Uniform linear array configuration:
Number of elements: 4
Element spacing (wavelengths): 1
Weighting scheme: uniform
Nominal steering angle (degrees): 15
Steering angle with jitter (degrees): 14.074
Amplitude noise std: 0.05
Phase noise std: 0.05

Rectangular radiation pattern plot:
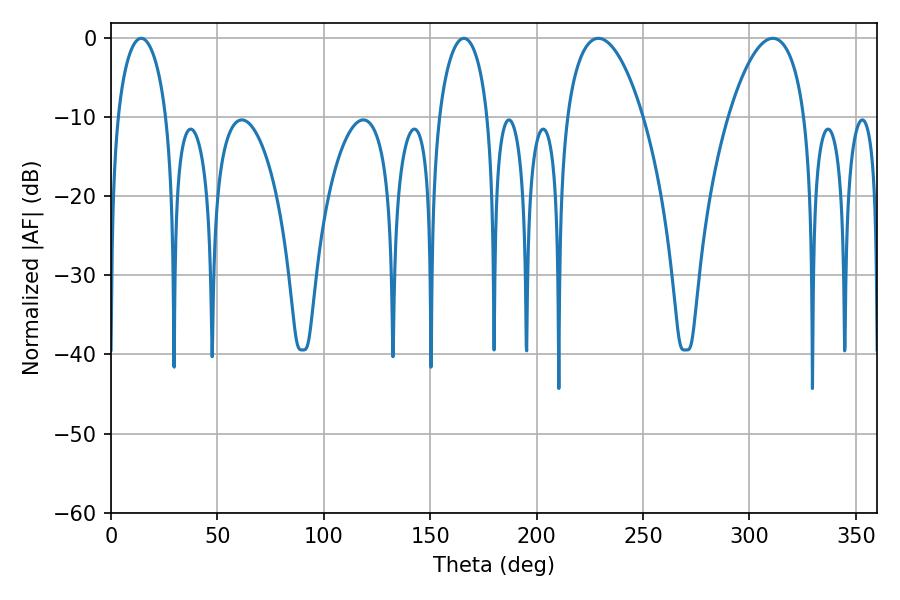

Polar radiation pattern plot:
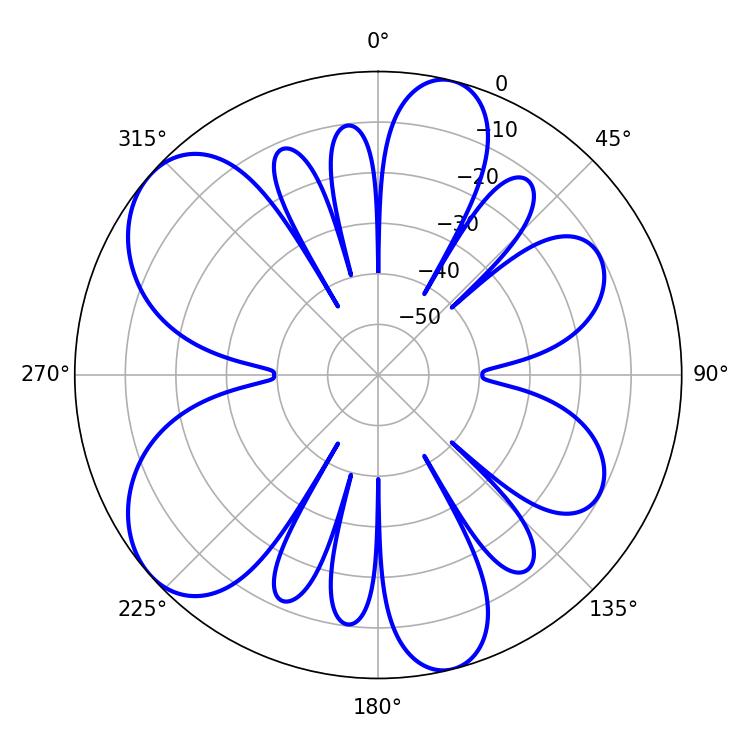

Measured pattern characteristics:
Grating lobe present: TRUE
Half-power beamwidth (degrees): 13.14
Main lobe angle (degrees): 14.22